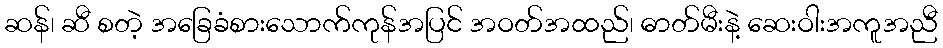
ဆန်၊ ဆီ စတဲ့ အခြေခံစားသောက်ကုန်အပြင် အဝတ်အထည်၊ ဓာတ်မီးနဲ့ ဆေးဝါးအကူအညီ